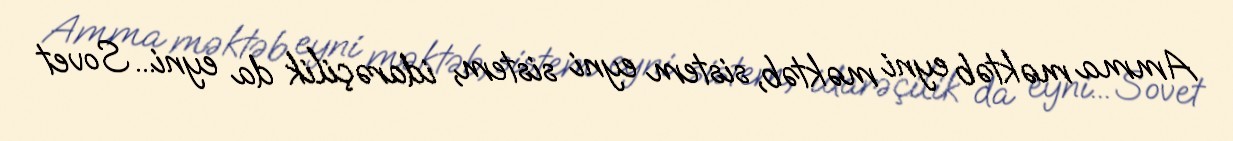
Amma məktəb eyni məktəb, sistem eyni sistem, idarəçilik da eyni... Sovet